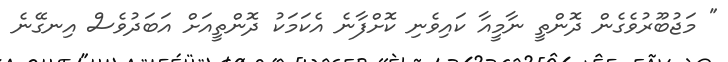
" މަޖުބޫރުވެގެން ދޮންތީ ނާމީއާ ކައިވެނި ކޮށްފާނެ އެކަމަކު ދޮންތީއަށް އަބަދުވެސް އިނގޭނެ